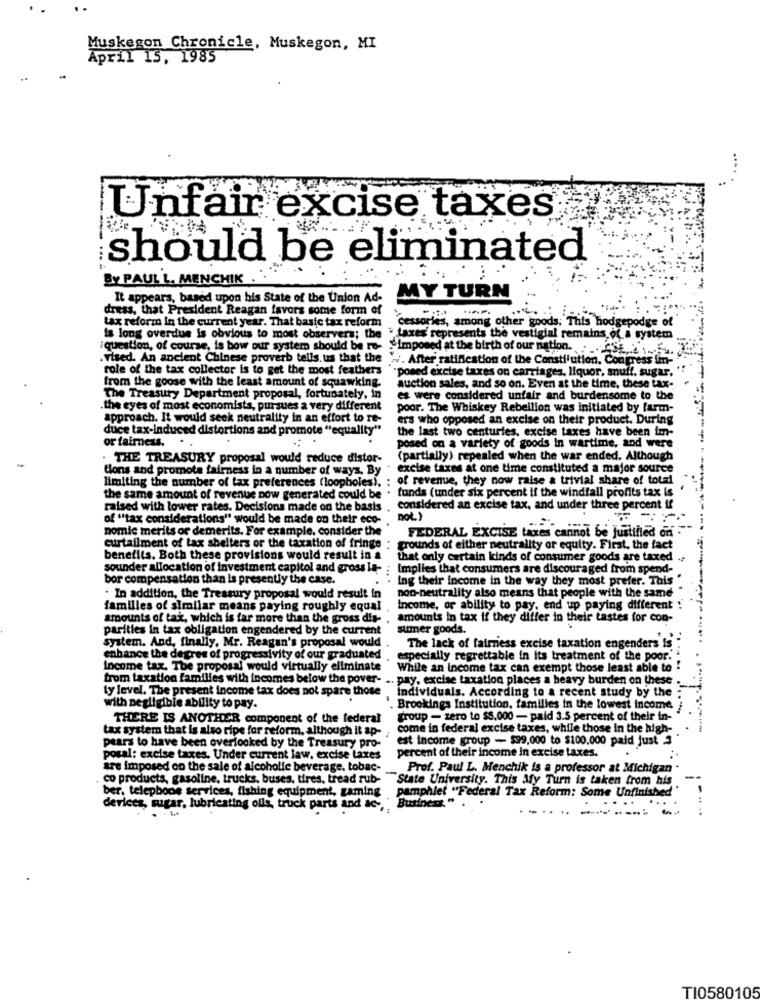
Muskegon Chronicle, Muskegon, MI
April 15, 1985
...
Unfair excise taxes
should be eliminated
------
BY PAUL'L. MENCHIK .
It appears, based upon his State of the Union Ad-
MY TURN
dress, that President Reagan favors some form of
tax reform in the current year. That basic tax reform
cessories, among other goods: This hodgepodge of
is long overdue Is obvious to most observers; the . taxes' represents the vestigial remains of a system
question, of course, is how our system should be re- "Imposed at the birth of our nation ..
. vised. An ancient Chinese proverb tells. us that the " -. After ratification of the Constitution, Congress im-
role of the tax collector is to get the most feathers
"posed excise taxes on carriages, liquor, snuff, sugar.
from the goose with the least amount of squawking.
auction sales, and so on. Even at the time, these tax-
The Treasury Department proposal, fortunately, in
es were considered unfair and burdensome to the
.the eyes of most economists, pursues a very different
poor. The Whiskey Rebellion was initiated by farm-
approach. It would seek neutrality in an effort to re-
ers who opposed an excise on their product. During
duce tax-induced distortions and promote "equality"
the last two centuries, excise taxes have been im-
or fairness.
posed on a variety of goods In wartime, and were
. THE TREASURY proposal would reduce distor-
(partially) repealed when the war ended. Although
tions and promote fairness in a number of ways, By
excise taxes at one time constituted a major source
: of revenue, they now raise a trivial share of total
limiting the number of tax preferences (loopholes),
the same amount of revenue now generated could be . funds (under six percent if the windfall profits tax is
raised with lower rates. Decisions made on the basis
considered an excise tax, and under three percent if
of ""tax considerations" would be made on their eco-
DOL)
nomic merits or demerits. For example, consider the
FEDERAL EXCISE taxes cannot be justified on
curtailment of tax shelters or the taxation of fringe : grounds of either neutrality or equity. First, the fact
benefits. Both these provisions would result in a
that only certain kinds of consumer goods are taxed ..
sounder allocation of investment capitol and gross la-
implies that consumers are discouraged from spend-
bor compensation than is presently the case.
+ ++
Ing their income in the way they most prefer. This
non-neutrality also means that people with the same
. In addition, the Treasury proposal would result in
familles of similar means paying roughly equal
Income, or ability to pay, end up paying different :
amounts of tak, which is far more than the gross dis- .
amounts In tax if they differ in their tastes for con-
parities in tax obligation engendered by the current
sumer goods.
system. And, finally, Mr. Reagan's proposal would
The lack of fairness excise taxation engenders is
enhance the degree of progressivity of our graduated
especially regrettable in its treatment of the poor.
Income tax. The proposal would virtually eliminate
While an Income tax can exempt those least able to !
from taxation families with incomes below the pover- .. pay, excise taxation places a heavy burden on these .
ty level. The present income tax does not spare those
individuals. According to a recent study by the
with negligible ability to pay.
Brookings Institution, families in the lowest income
THERE IS ANOTHER component of the federal
group - zero to $5.000 - paid 3.5 percent of their in-
tax system that is also ripe for reform, although it ap-
come in federal excise taxes, while those in the high-
est Income group - $99,000 to $100.000 paid just 3
pears to have been overlooked by the Treasury pro-
percent of their income in excise taxes.
posal: excise taxes. Under current law, excise taxes
are imposed on the sale of alcoholic beverage, tobac-
Prof. Paul L. Menchik is a professor at Michigan
. co products, gasoline, trucks, buses, tires, tread rub- ""State University. This My Turn is taken from his
--
pamphlet "Federal Tax Reform: Some Unfinished"
ber, telephone services, fishing equipment, gaming
devices, sugar, lubricating oils, truck parts and ac- " Business.".
TI0580105